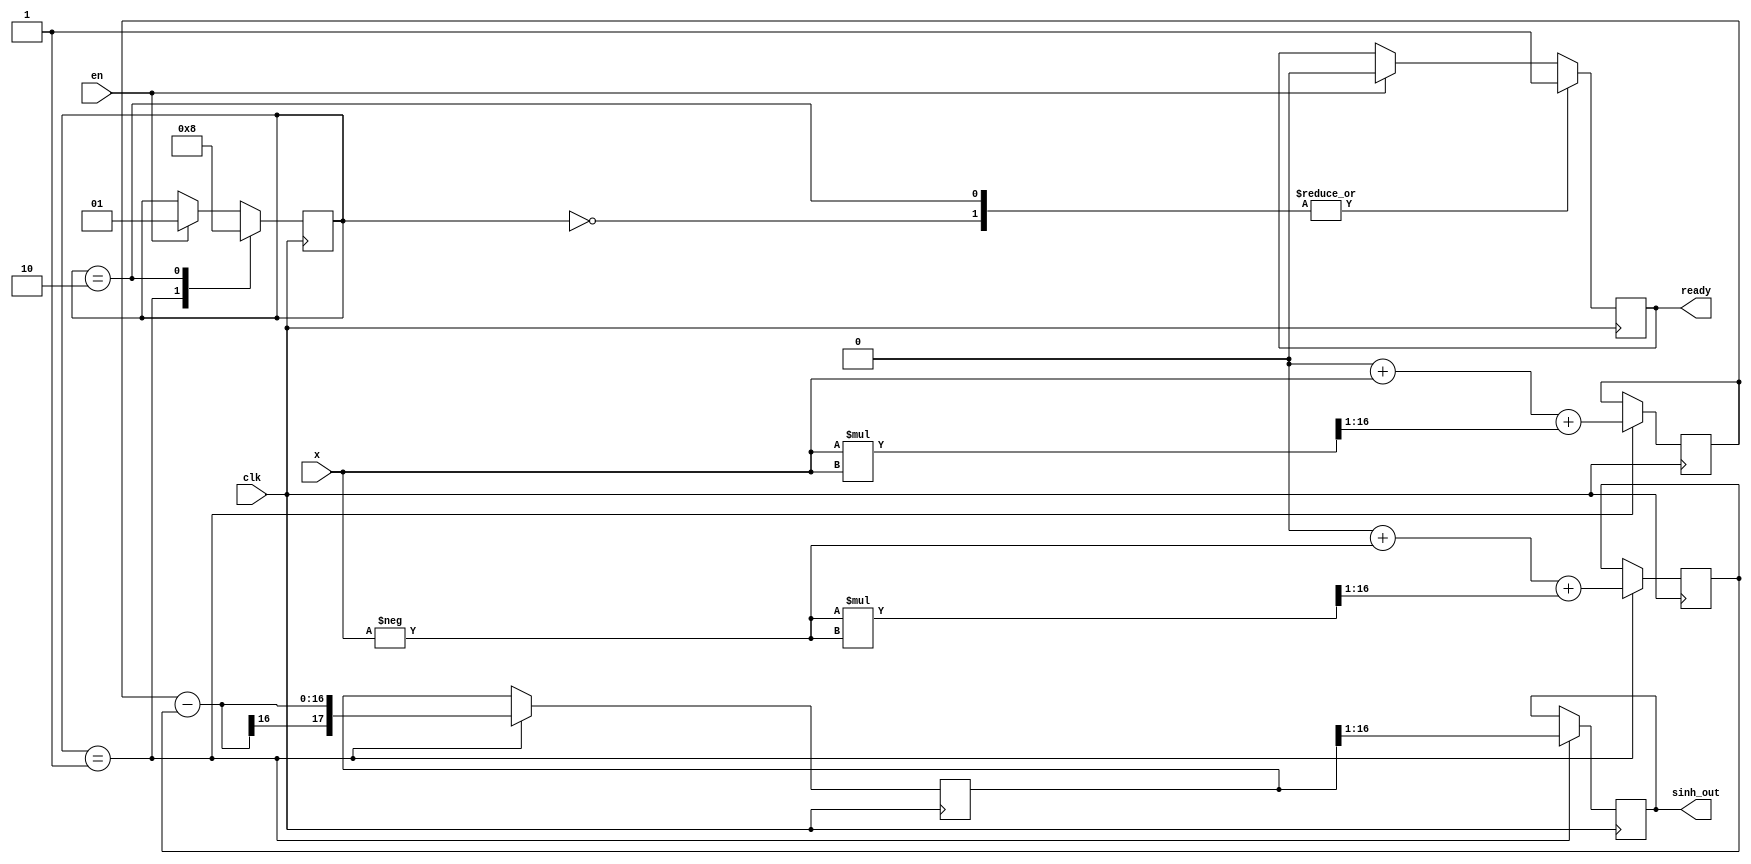
module SinhArithmeticBlock #(parameter N = 16, M = 16)(
    input wire clk,
    input wire en,
    input wire signed [N-1:0] x,  // Input: Fixed-point representation of x
    output reg signed [M-1:0] sinh_out,  // Output: Fixed-point representation of sinh(x)
    output reg ready  // Output flag indicating that the result is valid
);

    reg signed [N-1:0] exp_plus;  // Placeholder for e^x
    reg signed [N-1:0] exp_minus; // Placeholder for e^-x
    reg signed [N+1:0] diff;       // For e^x - e^-x
    reg [1:0] state;

    localparam IDLE = 2'd0,
               COMPUTE = 2'd1,
               DONE = 2'd2;

    // Simple exponential approximation (Taylor series or similar) for e^x
    function signed [N-1:0] exp_approx(input signed [N-1:0] x);
        // An implementation for the approximation of e^x could go here
        // For simplicity, we will directly return a simple value for now
        // For example (could be replaced with actual logic):
        exp_approx = (1 << N) + x + ((x * x) >> 1);  // e^x  1 + x + x^2/2
    endfunction

    always @(posedge clk) begin
        if (en) begin
            state <= COMPUTE;  // Move to computation state
            ready <= 0;        // Output not ready yet
        end
        case (state)
            IDLE: begin
                // Stay idle
                ready <= 1;
            end
            COMPUTE: begin
                exp_plus <= exp_approx(x);
                exp_minus <= exp_approx(-x);
                diff <= exp_plus - exp_minus;  // e^x - e^(-x)
                sinh_out <= diff >> 1;          // (e^x - e^(-x)) / 2
                state <= DONE;                  // Move to done state
            end
            DONE: begin
                ready <= 1;  // Indicate that the output is valid
                state <= IDLE; // Go back to idle for next operation
            end
        endcase
    end

endmodule